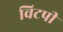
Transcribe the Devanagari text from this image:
विटपी